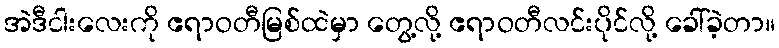
အဲဒီငါးလေးကို ဧရာဝတီမြစ်ထဲမှာ တွေ့လို့ ဧရာဝတီလင်းပိုင်လို့ ခေါ်ခဲ့တာ။